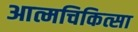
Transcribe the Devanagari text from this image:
आत्मचिकित्सा